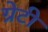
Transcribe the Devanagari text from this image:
ग्रेटी